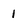
Character: I